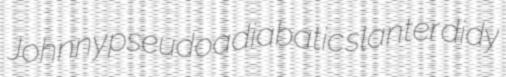
Johnny pseudoadiabatic slanter didy